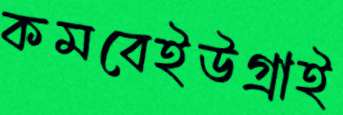
কমবেইউগ্‌রাই